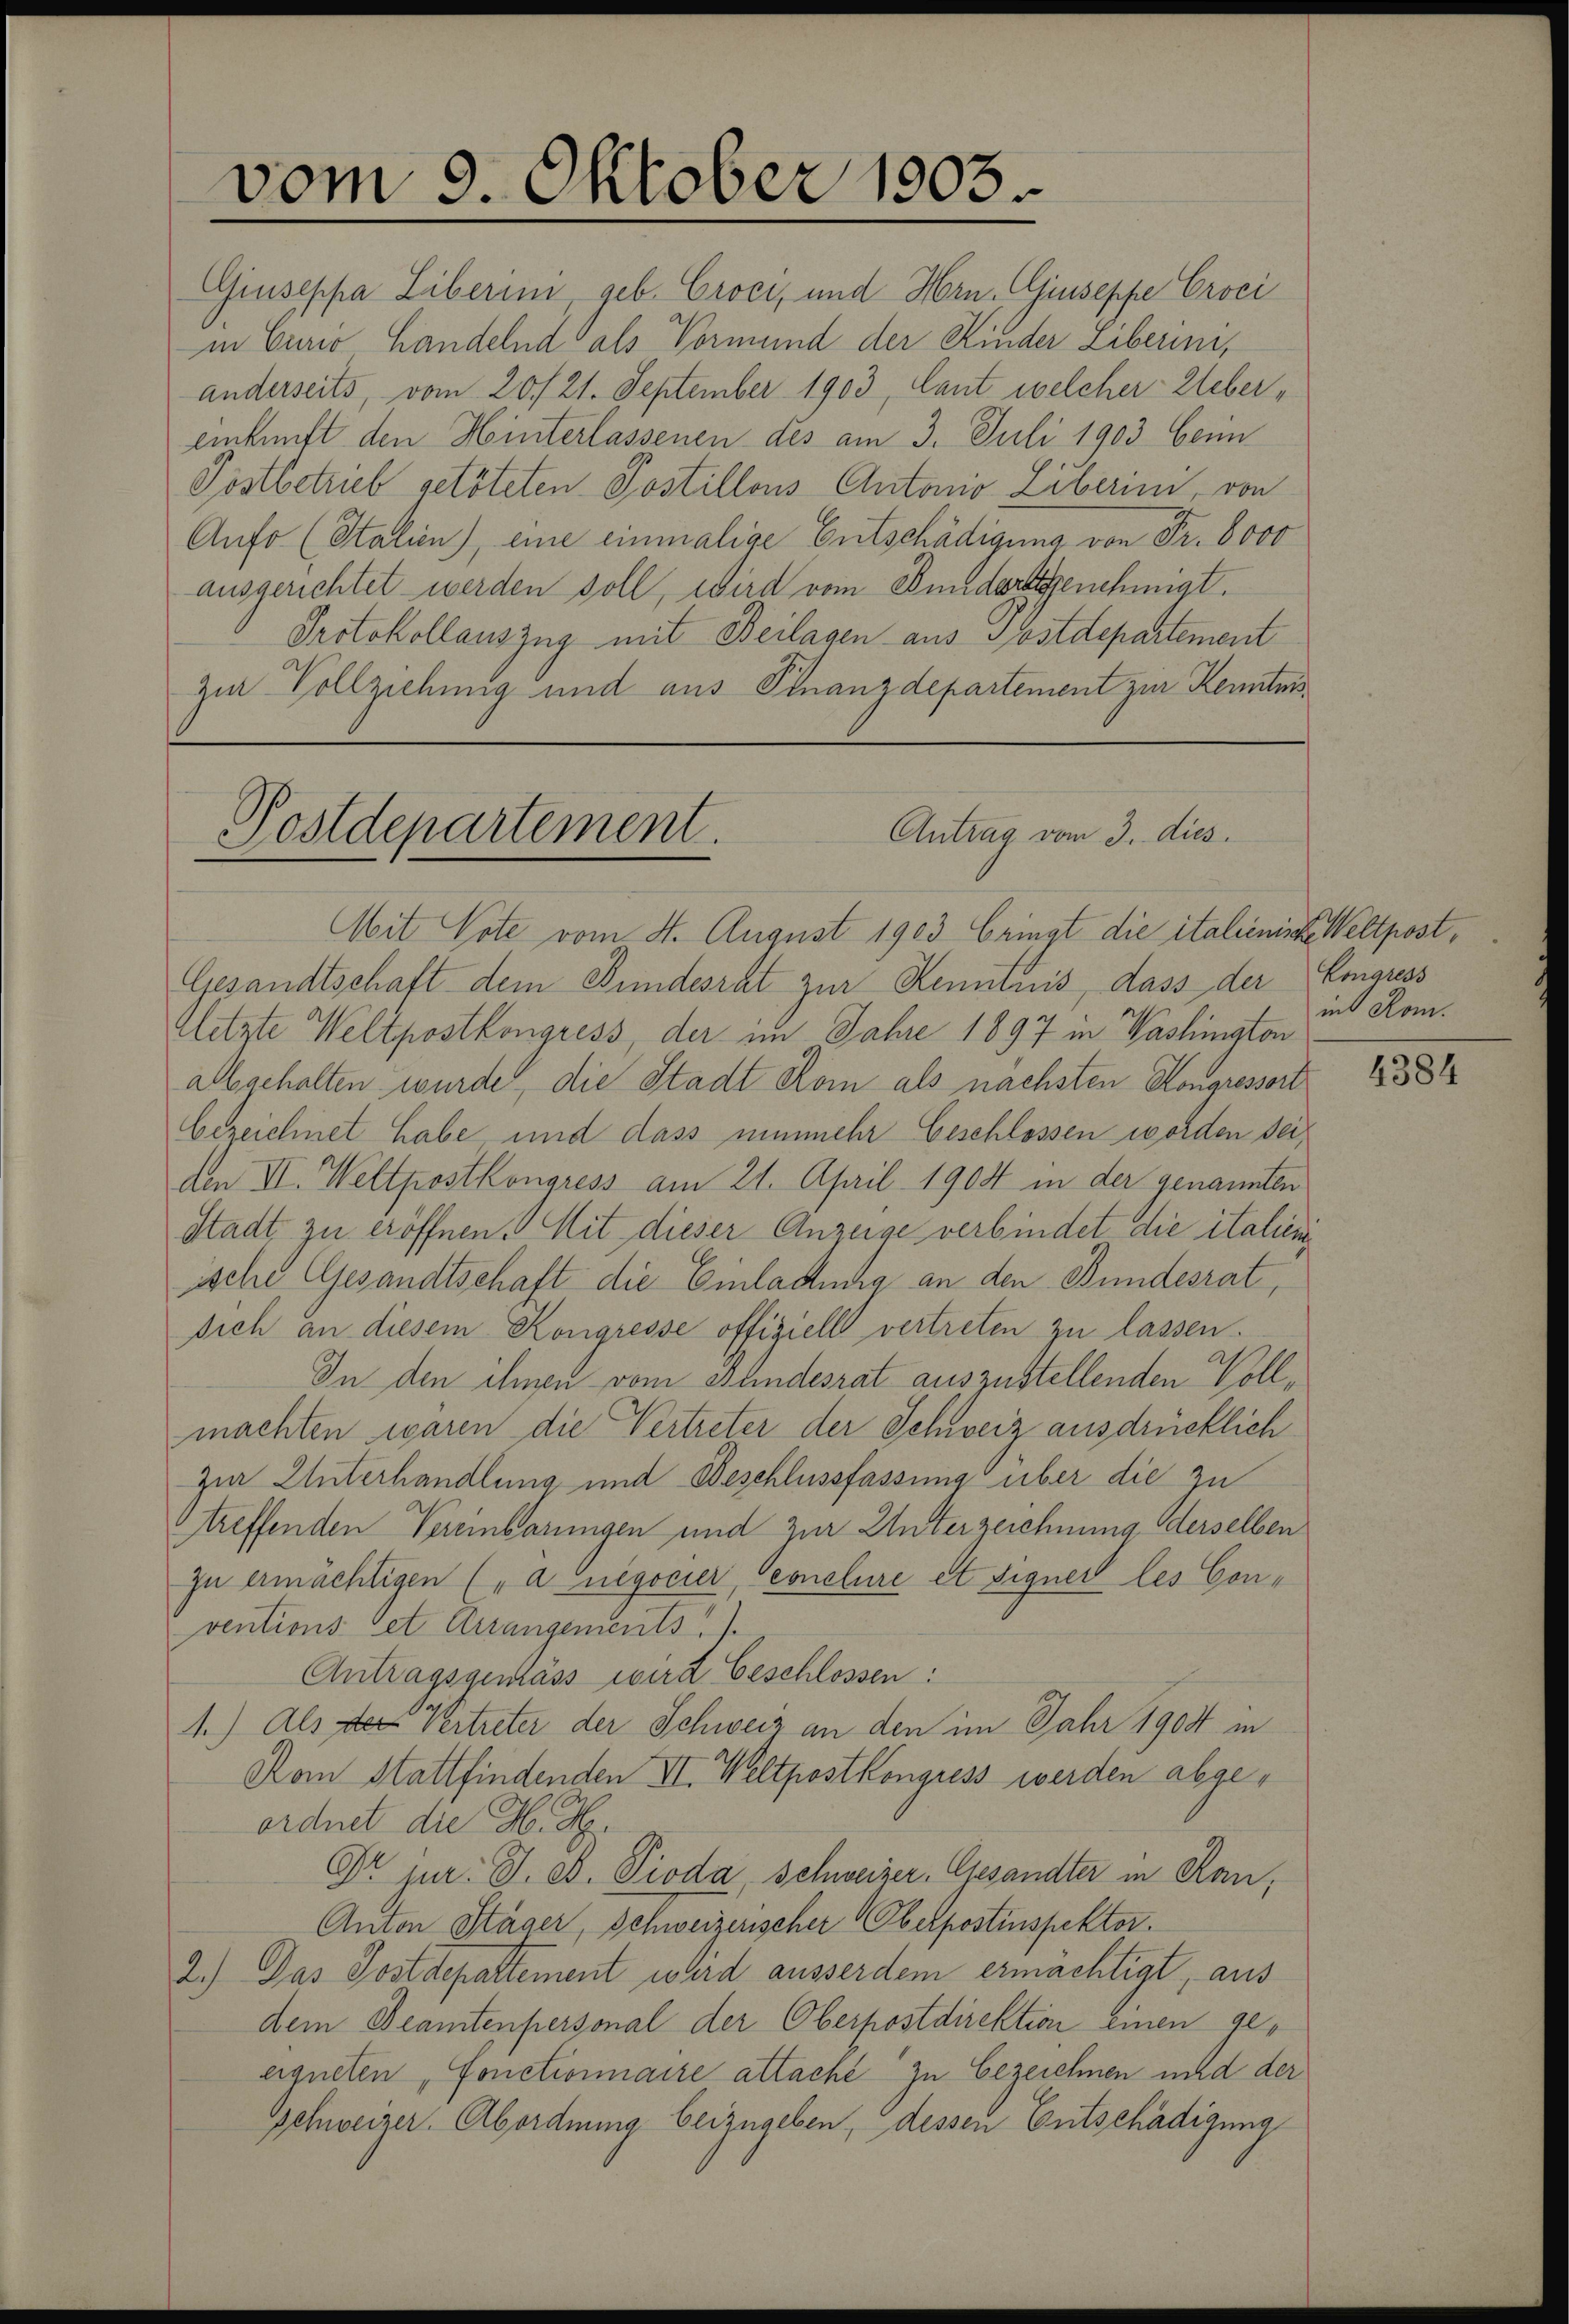
vom 9. Oktober 1803.

Giuseppa Liberini, geb. Croci, und Hrn. Giuseppe Croci
in Curie Handelnd als Vormund der Kinder Liberini,
anderseits, vom 20./21. September 1903, Cant welcher Uebereinkunft den Hinterlassenen des am 3. Juli 1903 beim
Postbetrieb getöteten Postillons Antonio Liberini, von
Aufo (Stalien), eine einmalige Entschädigung von Fr. 8000
ausgerichtet werden soll, wird vom Bundert genehmigt.
Protokollauszug mit Beilagen aus Postdepartement
zur Vollziehung und aus Finanzdepartement zur Kenntnis

Antrag vom 3. dies
Postdepartement.

Mit Vote vom 4. August 1903 bringt die italienisse Weltpost¬
Gesandtschaft dem Bundesrat zur Kenntnis, dass der Eingress
Aletzte Weltpostkongress, der im Jahre 1897 in Washington
all gehalten wurde, die Stadt Rom als nächsten Kongressort
bezeichnet habe, und dass nunmehr Geschlossen worden seiden VI. Weltpostkongress am 21. April 1904 in der genannten
Stadt zu eröffnen. Mit dieser Anzeige verbindet die italien
ische Gesandtschaft die Einladung an den Bundesrat,
sich an diesem Kongresse offiziell vertreten zu lassen.
In den ihnen vom Stundesrat auszustellenden Vollmachten waren die Vertreter der Schweiz ausdrücklich
zur Unterhandlung und Beschlussfassung über die zu
treffenden Vereinbarungen und zur Unterzeichnung derselben
zu ermächtigen („a negocier, Conclure et signer les Conventions cet Arrangements
Antragsgemäss wird beschlossen:
1.) Als der Vertreter der Schweiz an den im Jahr 1900 in
Kom Stattfindenden VI. Weltpostkongress werden abgeordnet die H. H.
Dr jur. J. A. Pioda Schweizer, Gesandter in Rau,
Anton Stäger, Schweizerischer Oberpostinspektor.
2.) Das Postdepartement ward ausserdem ermächtigt, aus
dem Beamtenpersonal der Oberpostdirektion einen geerqueten, fonctionnaire attaché zu bezeichnen und der
Schweizer. Abordnung beizugeben, dessen Entschädigung

int Rom.

4384